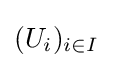
(U_{i})_{i\in I}